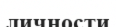
личности